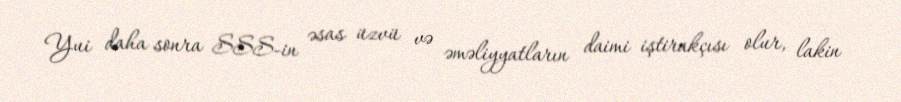
Yui daha sonra SSS-in əsas üzvü və əməliyyatların daimi iştirakçısı olur, lakin